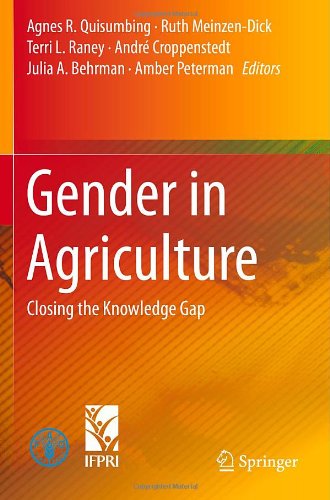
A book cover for Gender in Agriculture: Closing the Knowledge Gap; Science & Math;